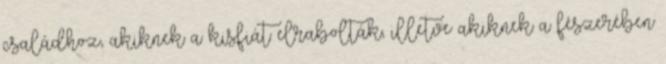
családhoz, akiknek a kisfiát elrabolták, illetve akiknek a fészerében